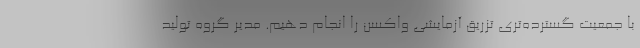
با جمعیت گسترده‌تری تزریق آزمایشی واکسن را انجام دهیم. مدیر گروه تولید